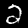
Label: 2